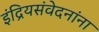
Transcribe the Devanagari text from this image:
इंद्रियसंवेदनांना